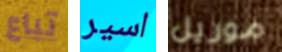
تباع اسير موريل